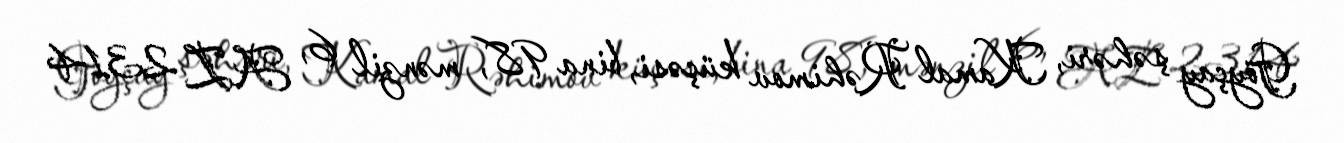
Göyçay şəhəri, Kamal Rəhimov küçəsi, bina 98, mənzil 6, AZ 2314